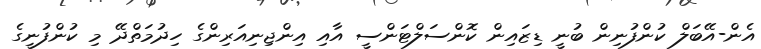
އެން-އޭބަލް ކުންފުނިން ބުނީ ޑިޒައިން ކޮންސަލްޓަންސީ އާއި އިންޖިނިއަރިންގެ ހިދުމަތްދޭ މި ކުންފުނީގެ